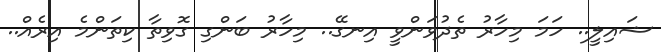
ޝައިލީ.. ހަމަ މިހާރު ތެދުވަންވީ އިނގޭ.. މިހާރު ބަންގި ގޮވިތާ ކިތަންމެ އިރެއް..